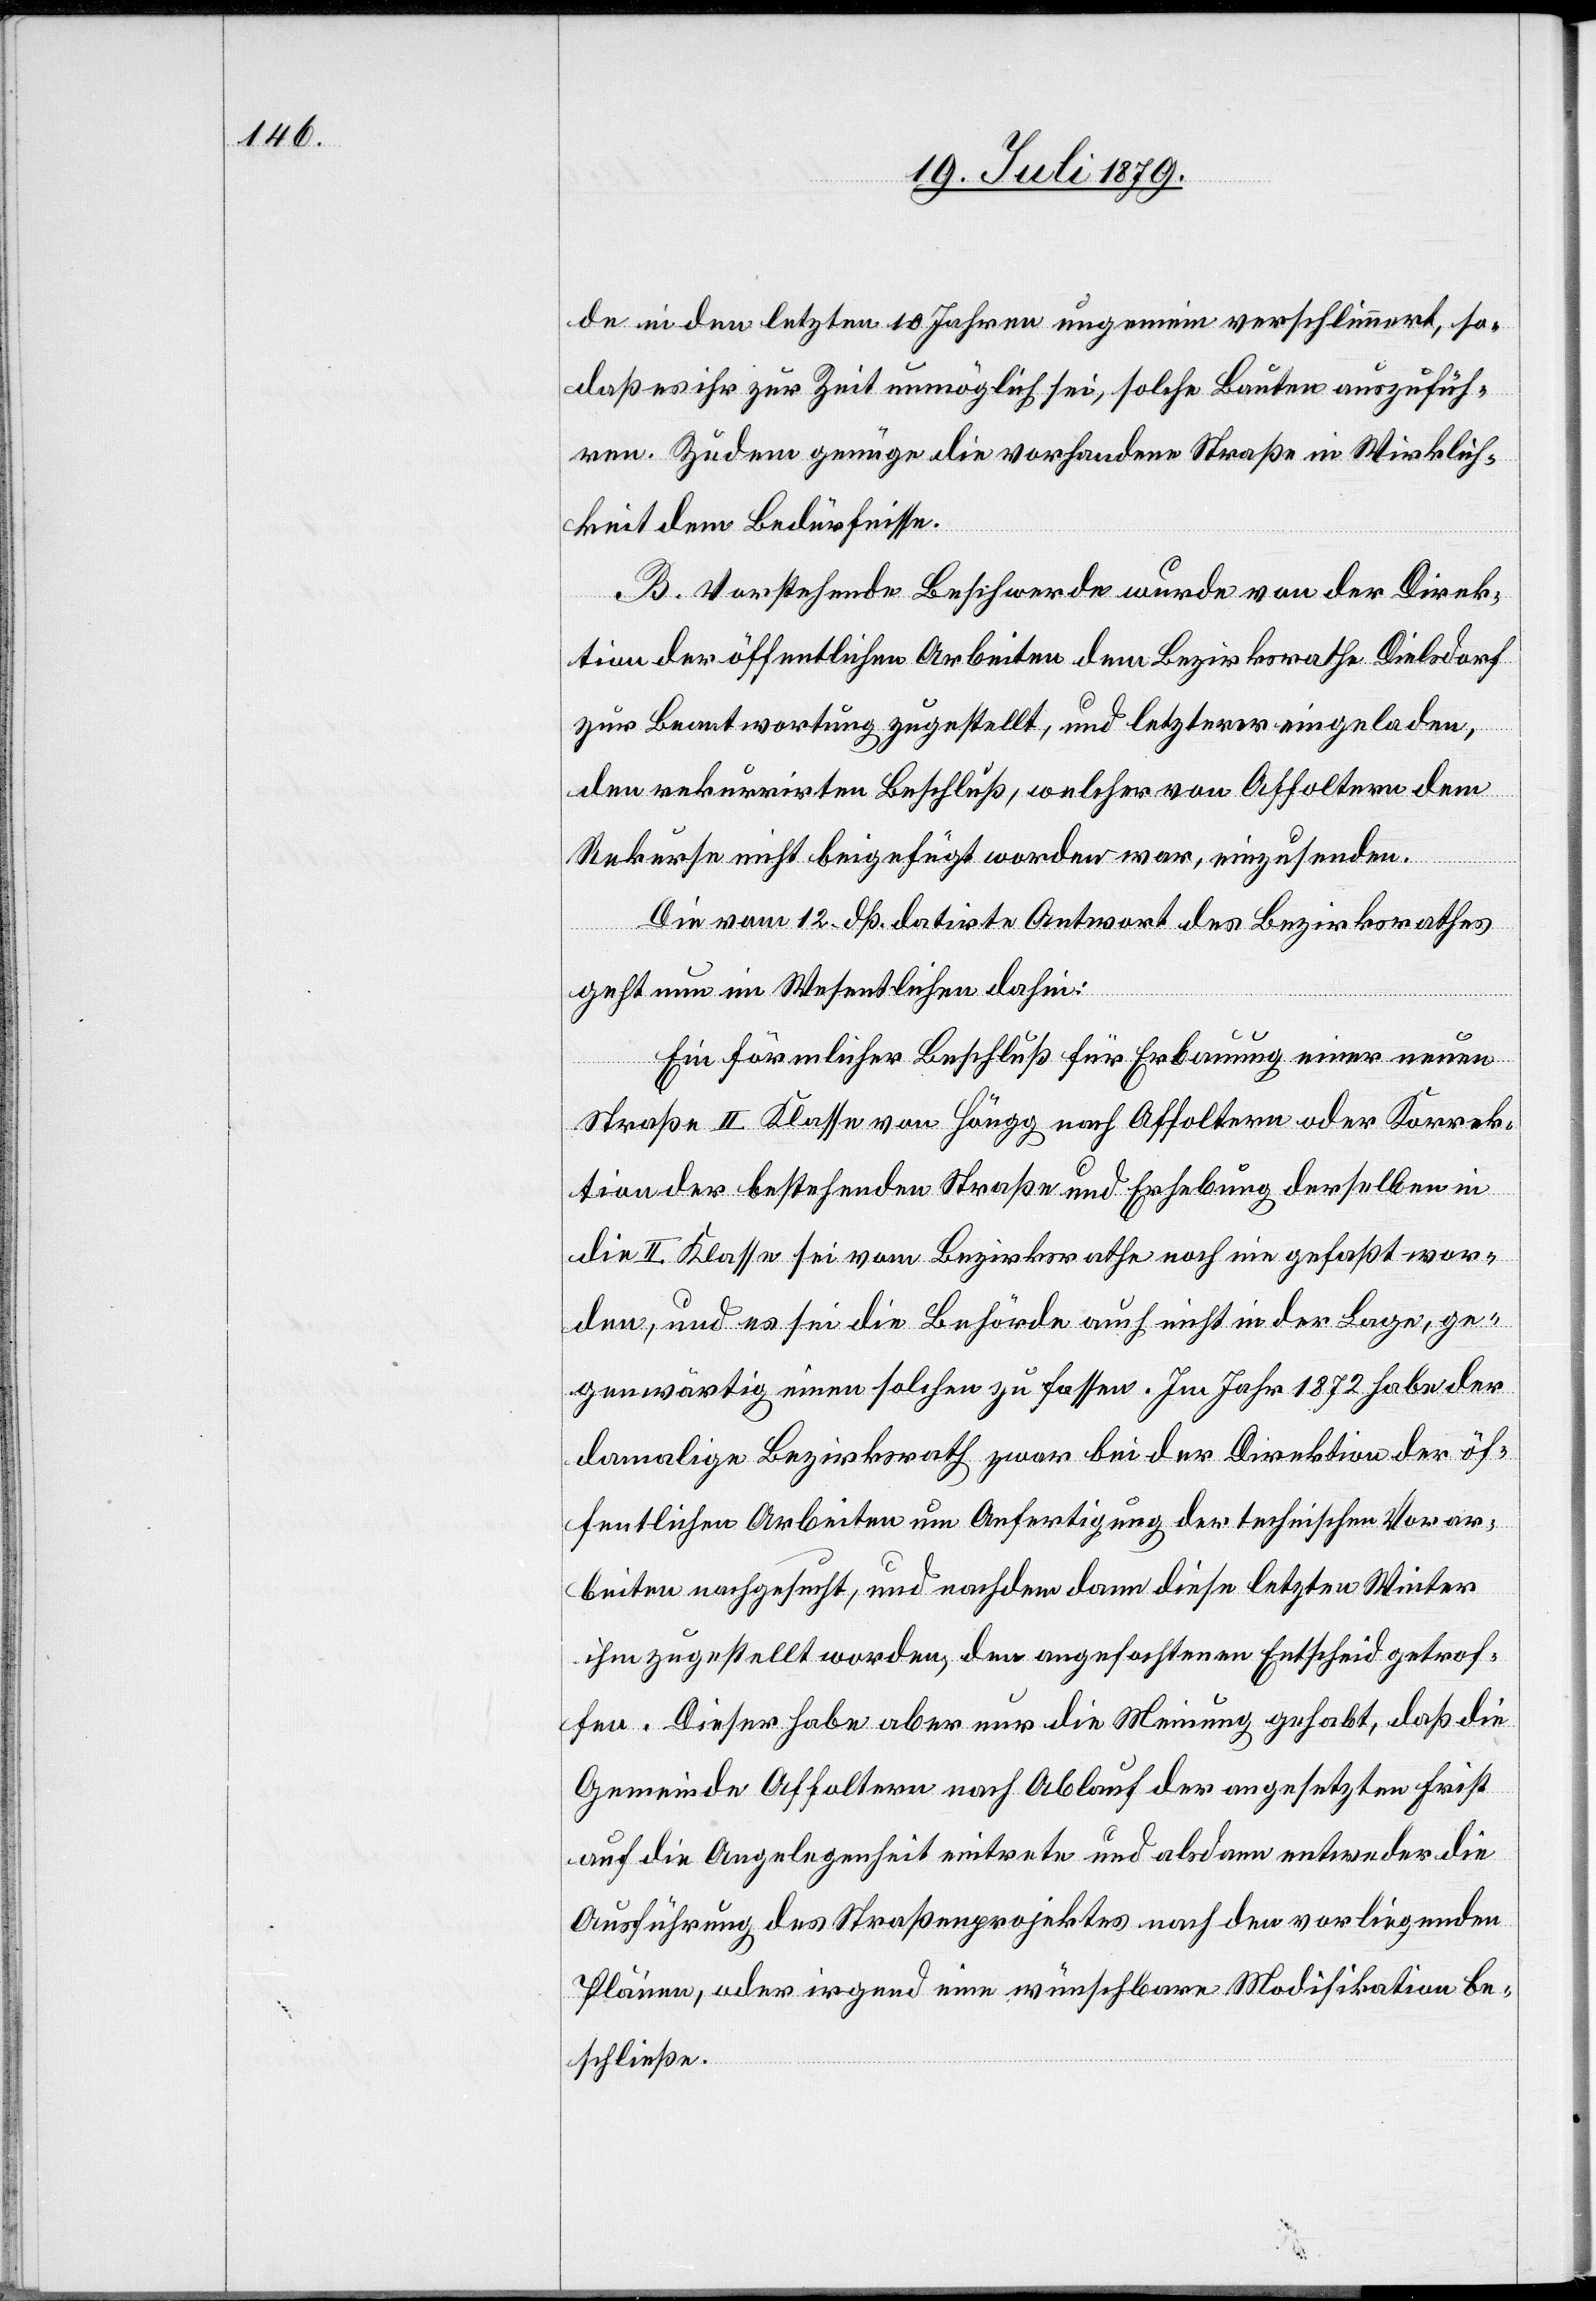
de in den letzten 10 Jahren ungemein verschlimmert, so¬
daß es ihr zur Zeit unmöglich sei, solche Bauten auszufüh¬
ren. Zudem genüge die vorhandene Straße in Wirklich¬
keit dem Bedürfnisse.
B. Vorstehende Beschwerde wurde von der Direk¬
tion der öffentlichen Arbeiten dem Bezirksrathe Dielsdorf
zur Beantwortung zugestellt, und letzterer eingeladen,
den rekurrirten Beschluß, welcher von Affoltern dem
Rekurse nicht beigefügt worden war, einzusenden.
Die vom 12. dß. datirte Antwort des Bezirksrathes
geht nun im Wesentlichen dahin:
Ein förmlicher Beschluß für Erbauung einer neuen
Straße II. Klasse von Höngg nach Affoltern oder Korrek¬
tion der bestehenden Straße und Erhebung derselben in
die II. Klasse sei vom Bezirksrath noch nie gefaßt wor¬
den, und es sei die Behörde auch nicht in der Lage, ge¬
genwärtig einen solchen zu fassen. Im Jahr 1872 habe der
damalige Bezirksrath zwar bei der Direktion der öf¬
fentlichen Arbeiten um Anfertigung der technischen Vorar¬
beiten nachgesucht, und nachdem dann diese letzten Winter
ihm zugestellt worden, den angefochtenen Entscheid getrof¬
fen. Dieser habe aber nur die Meinung gehabt, daß die
Gemeinde Affoltern nach Ablauf der angesetzten Frist
auf die Angelegenheit eintrete und alsdann entweder die
Ausführung des Straßenprojektes nach den vorliegenden
Plänen, oder irgend eine wünschbare Modifikation be¬
schließe.